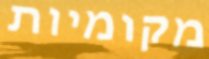
מקומיות